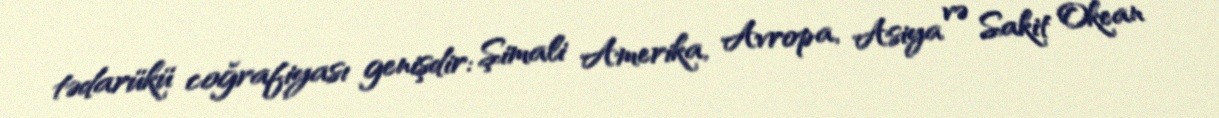
tədarükü coğrafiyası genişdir: Şimali Amerika, Avropa, Asiya və Sakit Okean